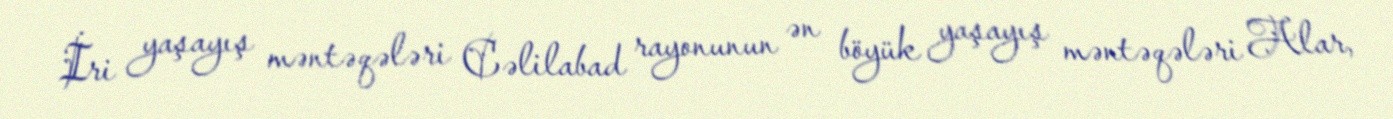
İri yaşayış məntəqələri Cəlilabad rayonunun ən böyük yaşayış məntəqələri Alar,